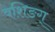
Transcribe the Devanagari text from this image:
वशिङग्